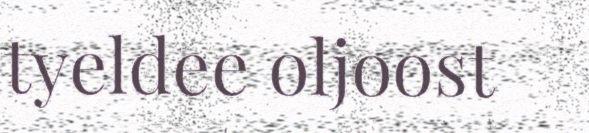
tyeldee oljoost